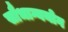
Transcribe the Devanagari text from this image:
सौभाग्ययोग